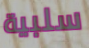
سلبية